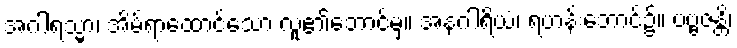
အဂါရသ္မာ၊ အိမ်ရာထောင်သော လူ၏ဘောင်မှ။ အနဂါရိယံ၊ ရဟန်းဘောင်၌။ ပဗ္ဗဇန္တိ၊